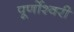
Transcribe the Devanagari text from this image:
पूर्णोश्वरी